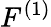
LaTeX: F^{(1)}